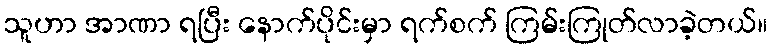
သူဟာ အာဏာ ရပြီး နောက်ပိုင်းမှာ ရက်စက် ကြမ်းကြုတ်လာခဲ့တယ်။